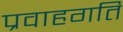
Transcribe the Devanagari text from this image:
प्रवाहगति